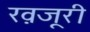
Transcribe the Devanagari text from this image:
ख़जूरी